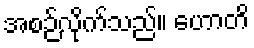
အစဉ်လိုက်သည်။ ဟောတိ